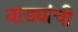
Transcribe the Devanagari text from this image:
वाड्यांची